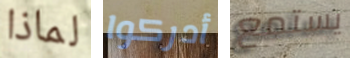
لماذا أدركوا يستمع